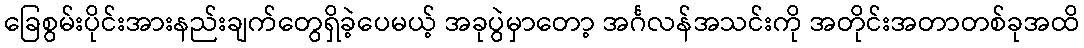
ခြေစွမ်းပိုင်းအားနည်းချက်တွေရှိခဲ့ပေမယ့် အခုပွဲမှာတော့ အင်္ဂလန်အသင်းကို အတိုင်းအတာတစ်ခုအထိ